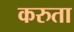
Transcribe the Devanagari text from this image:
करुता